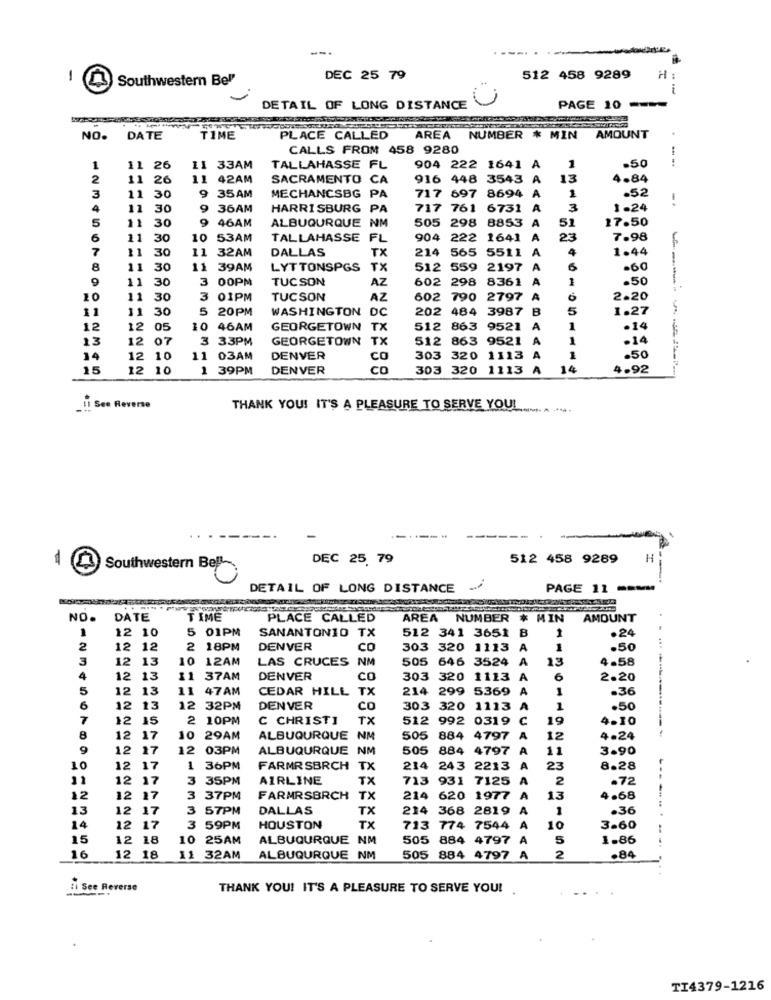
--.
-
Southwestern Bel"
DEC 25 79
512 458 9289
H
--
DETAIL OF LONG DISTANCE
PAGE 10
NO.
DATE
TIME
PLACE CALLED
AREA
NUMBER * MIN AMOUNT
CALLS FROM 458 9280
.50
11
26
11 33AM
TALLAHASSE FL
904 222 1641 A
1
2
11
26
11 42AM
SACRAMENTO CA
916 448 3543 A
13
4.84
11
MECHANCSBG PA
.52
30
9 35AM
717 697 8694 A
1
-.
11
30
9 36AM
HARRISBURG PA
717 761 6731 A
3
1.24
5
11
9
46AM
ALBUQURQUE NM
505 298 8853
51
17.50
30
A
6
11
30
10
53AM
TALLAHASSE FL
904 222 1641
A
23
7.98
F
7
30
11
DALLAS
TX
214
565 5511
A
4
1.44
32AM
8
30
11
39AM
LYT TONSPGS
TX
512 559 2197
A
6
.60
11
30
3
00PM
TUCSON
AZ
602 298 8361
A
1
.50
20
12345678.0
11
30
3 01PM
TUCSON
AZ
602
790 2797 A
2.20
31
11
30
5
20 PM
WASHINGTON
DC
202 484 3987 B
5
1.27
12
12
05
10 46AM
GEORGETOWN TX
512 863 9521 A
1
.14
13
12
07
3 33PM
GEORGETOWN TX
512 863 9521
A
1
.14
14
12
10
11 03AM
DENVER
CO
303 320 1113
A
1
.50
15
12
10
1 39PM
DENVER
CO
303 320 1113 A
14
4.92
-----
Il See Reverse
THANK YOU! IT'S A PLEASURE TO SERVE YOU!
DEC 25. 79
512 458 9289
H
Southwestern Bell
--
DETAIL OF LONG DISTANCE
PAGE 11 -mm
NO.
DATE
TIME
PLACE CALLED
AREA NUMBER * MIN
AMOUNT
12 10
5 01PM
SANANTONIO T
512 341 3651
B
1
.24
2
12 12
2 18PM
DENVER
CO
303 320 1113
A
1
.50
3
12 13
10 12AM
LAS CRUCES
NM
505 646 3524 A
13
4.58
4
12 13
11 37AM
DENVER
co
303 320 1113 A
6
2.20
5
12 13
11 47AM
CEDAR HILL TX
214 299 5369 A
1
.36
6
12 13
12 32PM
DENVER
CO
303 320 1113 A
1
.50
7
12 15
2 10PM
C CHRISTI
TX
512 992 0319 C
19
4.10
8
12 17
10 29AM
ALBUQURQUE
NM
505
884 4797 A
12
4.24
12 17
12 03PM
ALBUQURQUE NM
505
884
4797 A
11
3.90
10
12 17
1 36PM
FARMR SBRCH
TX
214
243 2213
A
23
8.28
11
12
17
3 35PM
AIRLINE
TX
713
931 7125
2
.72
12
12 17
3 37PM
FARMRSBRCH
TX
214
620 1977
13
4.68
13
12 17
3 57PM
DALLAS
TX
214 368 2819 A
.36
14
12 17
3 59PM
HOUSTON
TX
713 774 7544 A
10
3-60
15
12 18
10 25AM
ALBUQURQUE NM
505 884 4797 A
5
1.86
16
12 18
11 32AM
ALBUQURQUE NM
505 884 4797 A
2
.84
:i See Reverse
THANK YOU! IT'S A PLEASURE TO SERVE YOU!
TI4379-1216